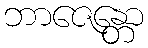
ဘာဇေန္တော